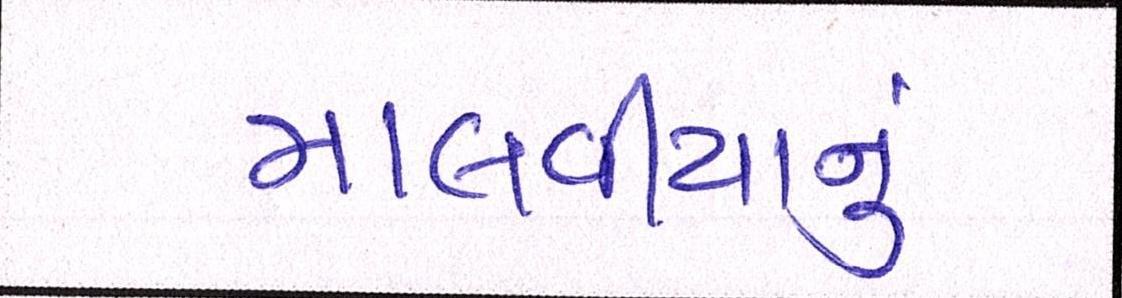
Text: માલવીયાનું